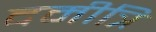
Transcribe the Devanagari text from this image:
दमीत्रि